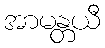
အာမန္တယီ